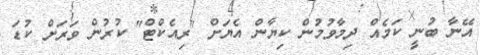
އޭނާ ބުނީ ކަމެއް ދިމާވުމުން ކިޔާން އެޔަށް "ރިއެކްޓް" ކުރުން ވަރަށް ކުޑަ